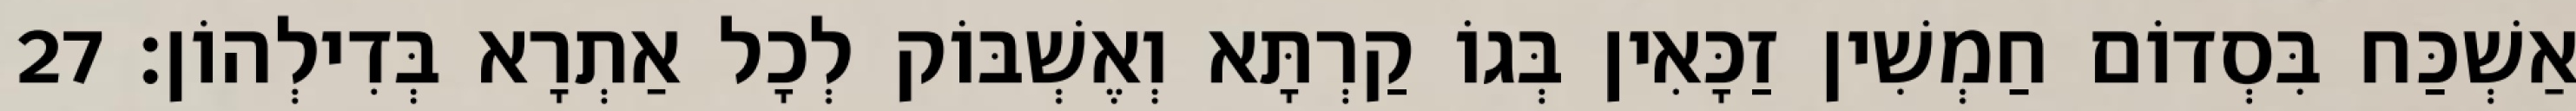
אַשְׁכַּח בִּסְדוֹם חַמְשִׁין זַכָּאִין בְּגוֹ קַרְתָּא וְאֶשְׁבּוֹק לְכָל אַתְרָא בְּדִילְהוֹן׃ 27